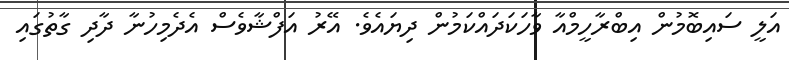
އަލީ ސައިބޮމުން އިބްރާހީމްއާ ވާހަކަދައްކަމުން ދިޔައެވެ. އޭރު އަފްޝާވެސް އެދެމިހުނާ ދާދި ގާތުގައި